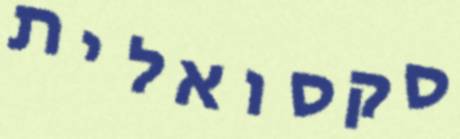
סקסואלית